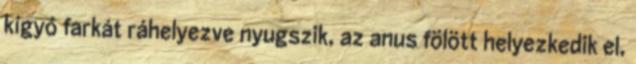
kígyó farkát ráhelyezve nyugszik, az anus fölött helyezkedik el,